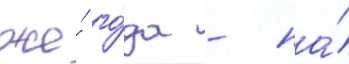
же́ го́да - на́